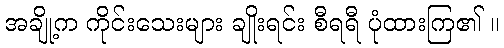
အချို့က ကိုင်းသေးများ ချိုးရင်း စီရရီ ပုံထားကြ၏ ။